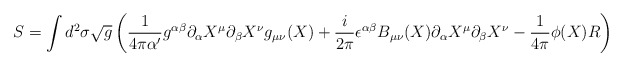
\begin{align*}S=\int d^2\sigma \sqrt{g}\left( \frac{1}{4\pi\alpha'} g^{\alpha\beta}\partial_\alpha X^{\mu}\partial_\beta X^{\nu}g_{\mu\nu}(X) + \frac{i}{2\pi} \epsilon^{\alpha\beta}B_{\mu\nu}(X) \partial_\alpha X^{\mu}\partial_\beta X^{\nu}- \frac{1}{4\pi} \phi(X) R \right)\end{align*}